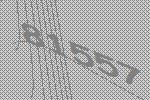
81557